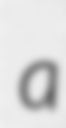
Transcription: a